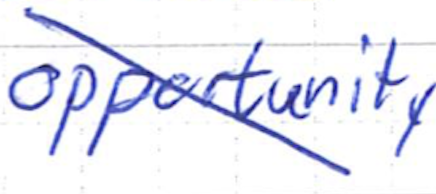
Text: opportunity
Cross-out: mix
Writing tool: ballpoint